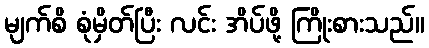
မျက်စိ စုံမှိတ်ပြီး လင်း အိပ်ဖို့ ကြိုးစားသည်။